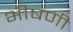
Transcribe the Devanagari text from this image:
भीषणी